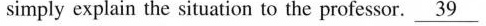
imply explain the situation to the professor.\underline{39}